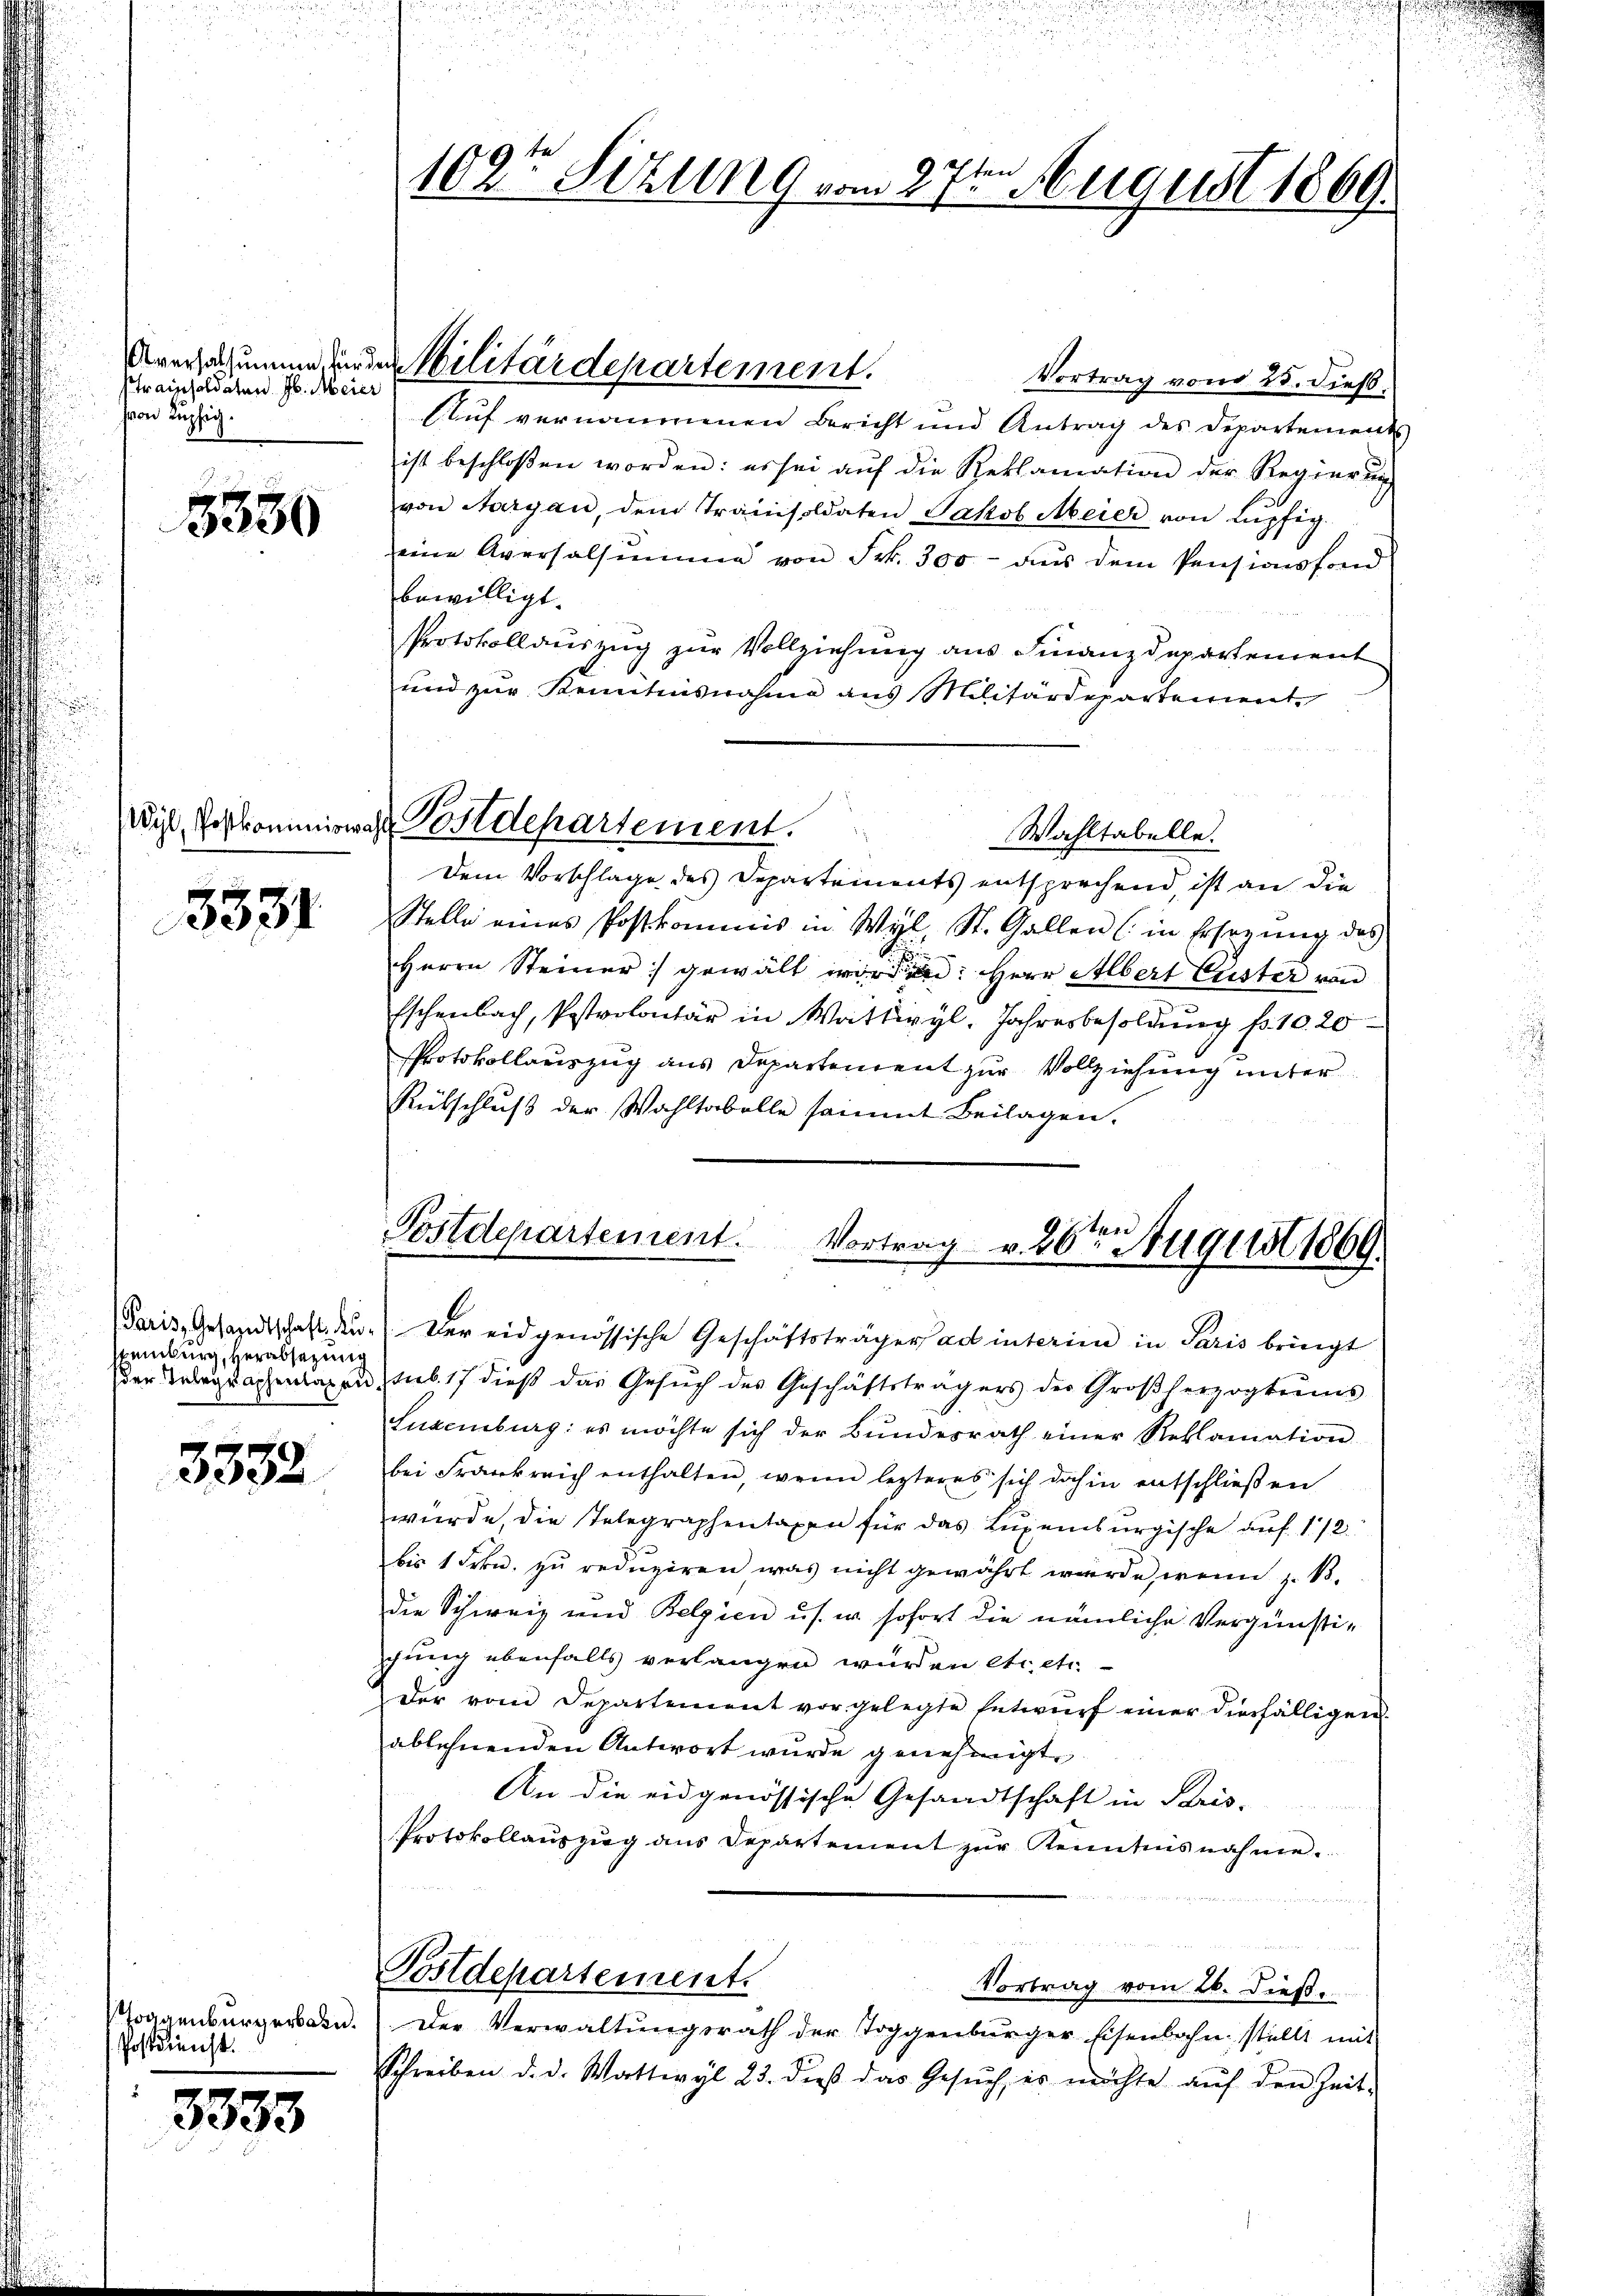
Aversalsummen, für der
Ptrainsoldaten Jb. Meier
von Kupfig.

3330

Wyl, Postkominisc

3331

Paris, Gesandtschaft. Au
steinburg, Herabsetzung

3352

Toggenburgerbahn.
Postdienst.

3333

f

102te Sitzung vom 27ten August 1869

Vortrag von 25. dieß,
sauf vernommenen Bericht und Antrag des Departements
ist beschloßen worden: es sei aŭf die Reklamation der Regierŭng
von Aargau, dem Trainsoldaten Jakob Meier von Lupfig.
eine Aversalsumme von Frk. 300 aŭs dem Pensionsfond
bewilligt.
Protokollauszug zur Vollziehung aus Finanzdepartement
und zur Kenntnisnahme aus Militärdepartement
de Postdepartement.
Wahltabelle.
Dem Vorschlage des Departements entsprechend, ist an die
Stelle eines Postkommis in Wyl, St. Gallen (in Ersezung des
Herrn Steiner gewält wird: Herr Albert Custer von
Eschenbach, Pastrolontär in Wattwyl, Jahresbesoldung pr. 10. 20
Protokollauszug aus Departement zur Vollziehung unter
Rübschluß der Wahltabelle sammt Beilagen.

Militärdepartement.

Postdepartement. Vortrag v. 26ten August 1869.
" Der eidgenössische Geschäftsträgers ad interim in Paris bringt

der Telegraphenlagen sub. 17 dieß das Gesuch des Geschäftsträgers der Großherzogtums
Luxenburg: es möchte sich der Bŭndesrath einer Reklamation
bei Frankreich enthalten, wenn lezteres sich dahin entschließen
würde, die Telegraphentaxen für das Luxenburgische aŭf 1/2.
bis 1 Frkn. zu reduziren, was nicht gewährt wurde, wenn z. B.
die Schweiz und Belgien u.s. w. sofort die nämliche Vergünstichung ebenfalls verlangen wurden etc etc.
der vom Departement vorgelegte Entwŭrf einer diesfälligen
ablehnenden Antwort wurde genehmigt.
An die eidgenössische Gesandtschaft in Bris-
Protokollauszug aus Departement zur Kenntnisnahme.

Postdepartement.
Vortrag vom 26. dieß.
Der Verwaltungsrath der Toggenburger Eisenbahn stellt mit
Schreiben d. d. Wattwyl 23. dieβ das Gesŭch, es möchte aŭf den Zeit-